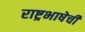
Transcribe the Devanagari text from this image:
राष्ट्रभाषेची